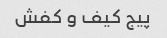
پیج کیف و کفش